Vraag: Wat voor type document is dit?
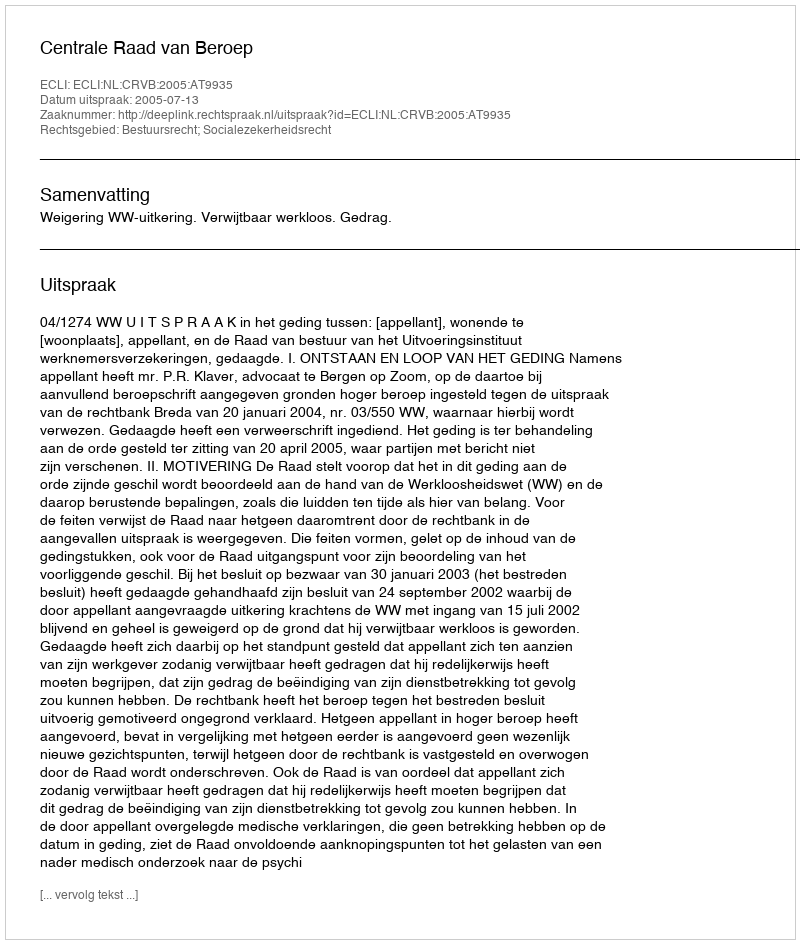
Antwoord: Uitspraak